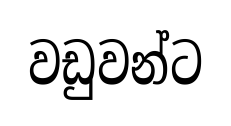
වඩුවන්ට